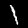
Label: 1